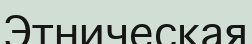
Этническая